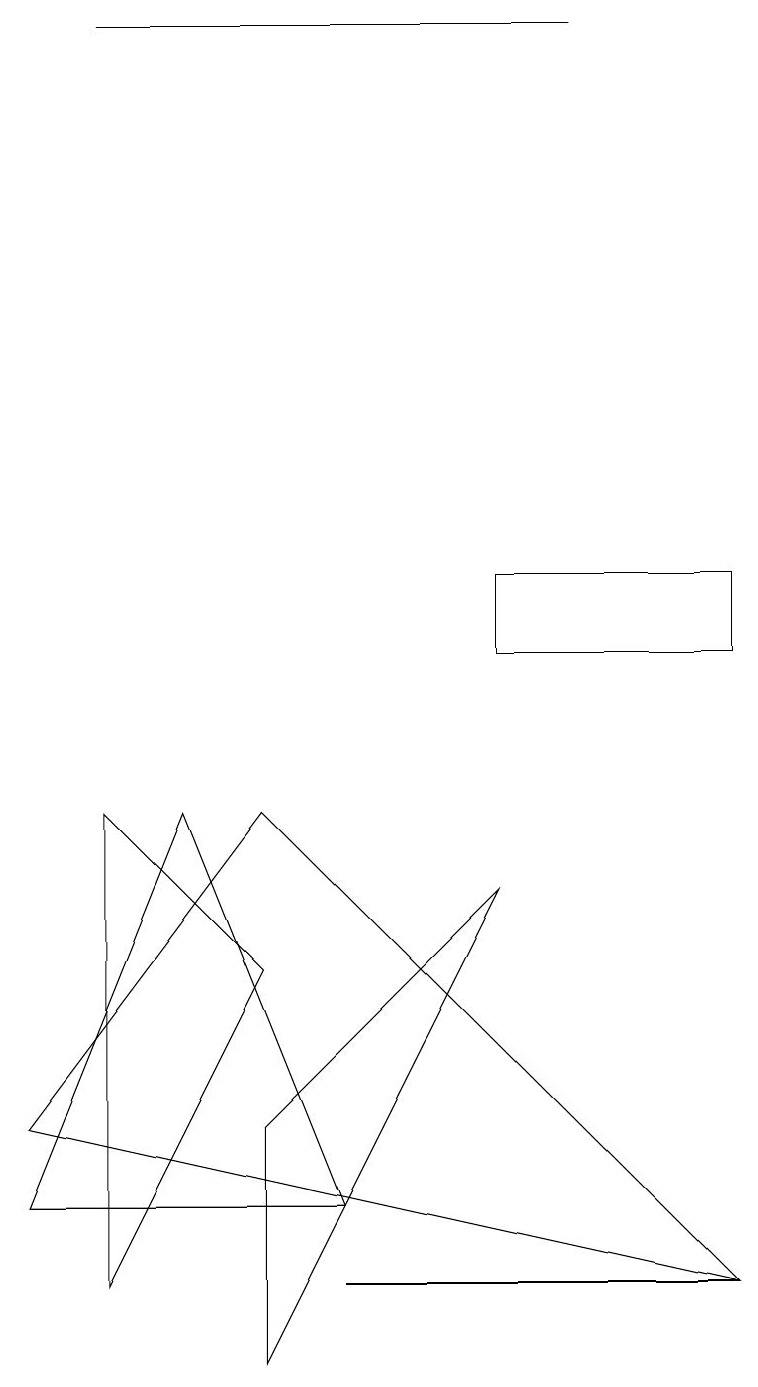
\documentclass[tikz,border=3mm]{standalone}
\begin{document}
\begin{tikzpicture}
\draw (3,6) -- (1,8) -- (1,2) -- cycle;
\draw (3,4) -- (3,1) -- (6,7) -- cycle;
\draw (2,8) -- (0,3) -- (4,3) -- cycle;
\draw (9,10) rectangle (6,11);
\draw (4,2) -- (9,2) -- (4,2) -- cycle;
\draw (3,8) -- (0,4) -- (9,2) -- cycle;
\draw (7,18) rectangle (1,18);
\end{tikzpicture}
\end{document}